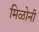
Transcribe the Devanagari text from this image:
मिळोनी